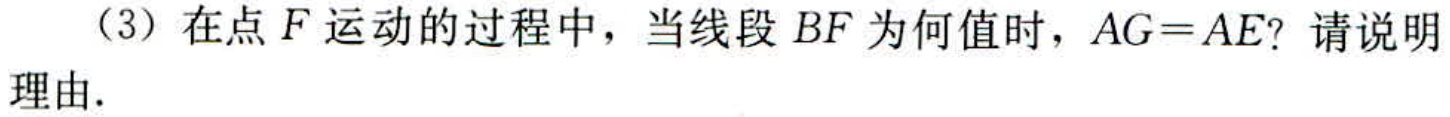
（3）在点\(F\)运动的过程中，当线段\(BF\)为何值时，\(AG = AE\)？请说明理由.